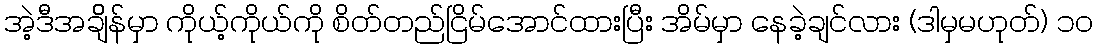
အဲ့ဒီအချိိန်မှာ ကိုယ့်ကိုယ်ကို စိတ်တည်ငြိမ်အောင်ထားပြီး အိမ်မှာ နေခဲ့ချင်လား (ဒါမှမဟုတ်) ၁၀